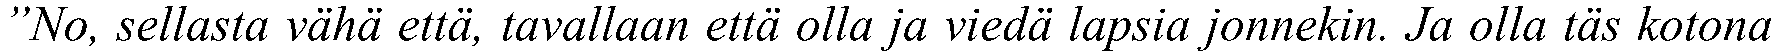
”No, sellasta vähä että, tavallaan että olla ja viedä lapsia jonnekin. Ja olla täs kotona